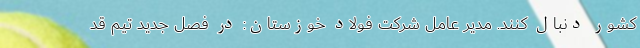
کشور دنبال کنند. مدیر عامل شرکت فولاد خوزستان: در فصل جدید تیم قد